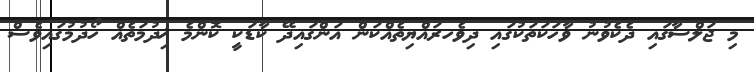
މި ޖަލްސާގައި ދެކެވުނު ވާހަކަތަކުގައި ދިވެހރައްޔިތެއްކަން އަންގައިދޭ ކާޑަކީ ކޮންމެ ޚިދުމަތެއް ހޯދުމުގައިވެސް